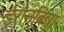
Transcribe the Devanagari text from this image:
ईरानविद्या